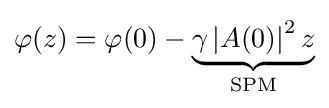
\varphi (z)=\varphi (0)-\underbrace {\gamma \left|A(0)\right|^{2}z} _{\mathrm {SPM} }